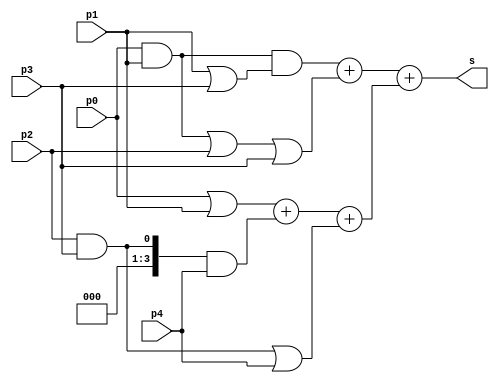
module convcomp53(s,p4,p3,p2,p1,p0);
output wire [3:0]s;
input p4,p3,p2,p1,p0;

assign s = (((p0&p1)&(p1|p3))+ ((p0&p1)|p2|p3)) + ((p0|p1) + (p2&p3&p4) + ((p2&p3)|p4) ) ;

endmodule